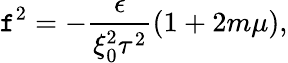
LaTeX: \mathtt{f}^{2}=-\frac{{\epsilon}}{{\xi_{0}^{2}\tau^{2}}}(1+2m\mu),